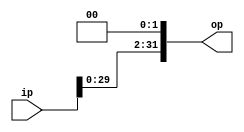
module Sll2(ip,op);
input [31:0] ip;
output [31:0] op;
assign op = ip << 2;
endmodule

module Sll2_26bit(ip,op);
input [25:0] ip;
output [27:0] op;
assign op = ip << 2;
endmodule